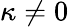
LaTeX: \kappa\neq 0